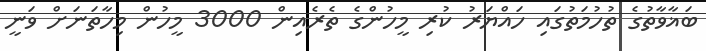
ބަޣާވާތުގެ ތުހުމަތުގައި ހައްޔަރު ކުރި މީހުންގެ ތެރެއިން 3000 މީހުން މިހާތަނަށް ވަނީ